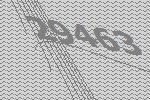
29463